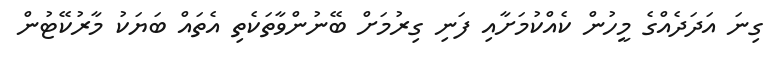
ގިނަ އަދަދެއްގެ މީހުން ކެއްކުމަށާއި ފަނި ގިރުމަށް ބޭނުންވާތަކެތި އެތައް ބަޔަކު މާރުކޭޓުން